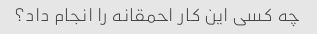
چه کسی این کار احمقانه را انجام داد؟